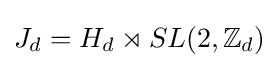
J_{d}=H_{d}\rtimes SL(2,\mathbb {Z} _{d})